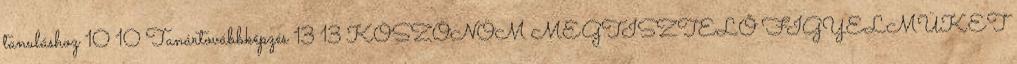
tanuláshoz 10 10 Tanártovábbképzés 13 13 KÖSZÖNÖM MEGTISZTELŐ FIGYELMÜKET